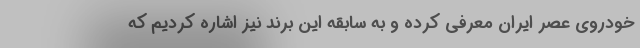
خودروی عصر ایران معرفی کرده و به سابقه این برند نیز اشاره کردیم که